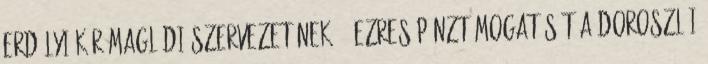
Erdélyi Kör maglódi szervezetének 50 ezres pénztámogatását a doroszlói